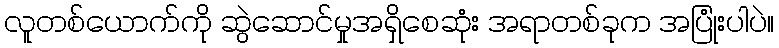
လူတစ်ယောက်ကို ဆွဲဆောင်မှုအရှိစေဆုံး အရာတစ်ခုက အပြုံးပါပဲ။